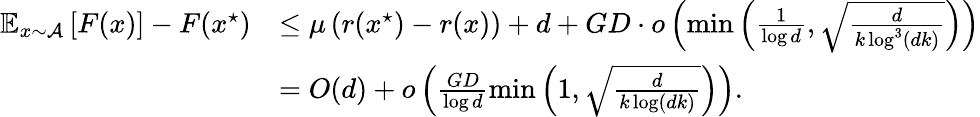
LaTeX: \begin{array}{rl}{\mathbb{E}_{x\sim\mathcal{A}}\left[F(x)\right]-F(x^{\star})}&{\le\mu\left(r(x^{\star})-r(x)\right)+d+GD\cdot o\left(\operatorname*{min}\left(\frac 1{\log d},\sqrt{\frac{d}{k\log^{3}(dk)}}\right)\right)}\\ &{=O(d)+o\left(\frac{GD}{\log d}\operatorname*{min}\left(1,\sqrt{\frac{d}{k\log(dk)}}\right)\right).}\end{array}